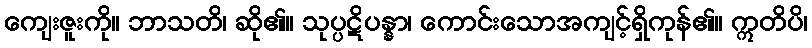
ကျေးဇူးကို။ ဘာသတိ၊ ဆို၏။ သုပ္ပဋိပန္နာ၊ ကောင်းသောအကျင့်ရှိကုန်၏။ ဣတိပိ၊